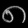
Digit: ၈